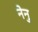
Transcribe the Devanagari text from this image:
नेनु